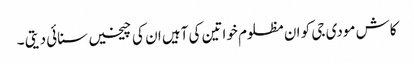
کاش مودی جی کو ان مظلوم خواتین کی آہیں ان کی چیخیں سنائی دیتی ۔